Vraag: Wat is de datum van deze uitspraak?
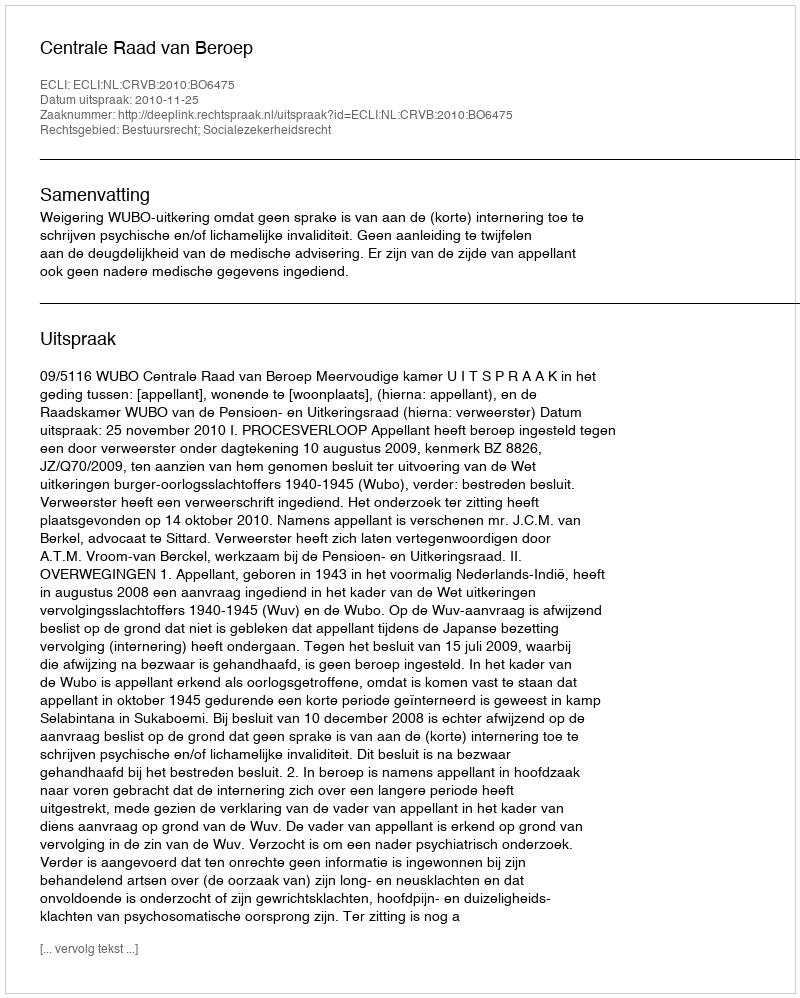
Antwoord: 2010-11-25